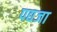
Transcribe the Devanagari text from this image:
पद्यजा